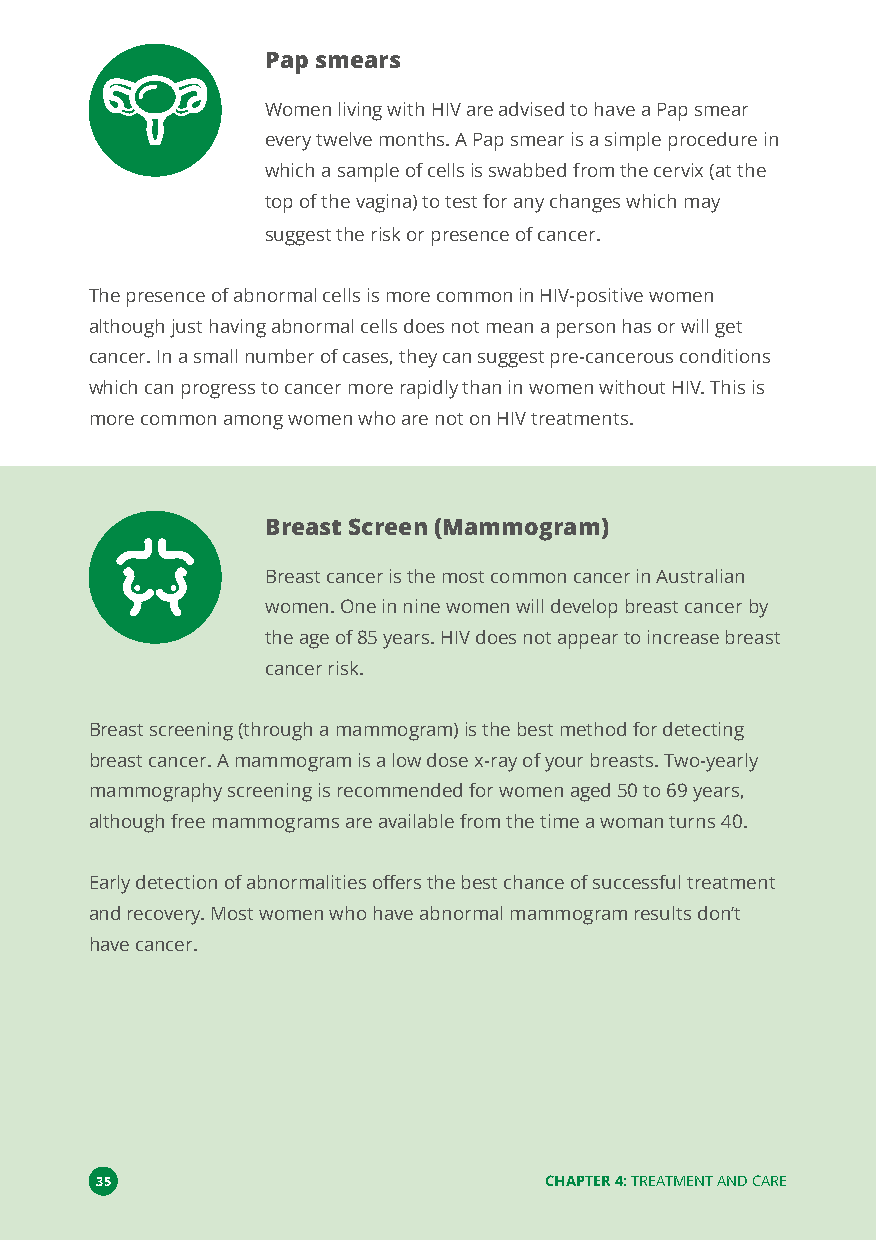
Pap smears
 Women living with HIV are advised to have a Pap smear
 every twelve months. A Pap smear is a simple procedure in
 which a sample of cells is swabbed from the cervix (at the
 top of the vagina) to test for any changes which may
 suggest the risk or presence of cancer.
 The presence of abnormal cells is more common in HIV-positive women
 although just having abnormal cells does not mean a person has or will get
 cancer. In a small number of cases, they can suggest pre-cancerous conditions
 which can progress to cancer more rapidly than in women without HIV. This is
 more common among women who are not on HIV treatments.
 Breast Screen (Mammogram)
 Breast cancer is the most common cancer in Australian
 women. One in nine women will develop breast cancer by
 the age of 85 years. HIV does not appear to increase breast
 cancer risk.
 Breast screening (through a mammogram) is the best method for detecting
 breast cancer. A mammogram is a low dose x-ray of your breasts. Two-yearly
 mammography screening is recommended for women aged 50 to 69 years,
 although free mammograms are available from the time a woman turns 40.
 Early detection of abnormalities offers the best chance of successful treatment
 and recovery. Most women who have abnormal mammogram results don’t
 have cancer.
 35                            CHAPTER 4:TREATMENT AND CARE